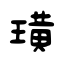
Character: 璜